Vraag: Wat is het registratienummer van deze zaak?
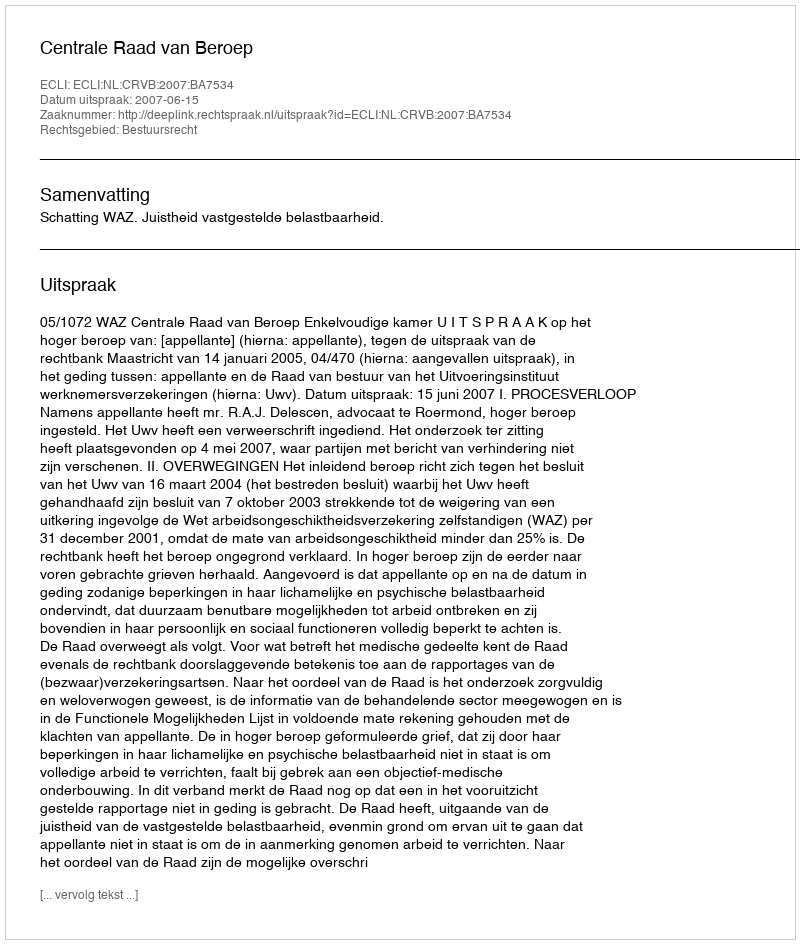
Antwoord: http://deeplink.rechtspraak.nl/uitspraak?id=ECLI:NL:CRVB:2007:BA7534